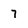
Character: 7